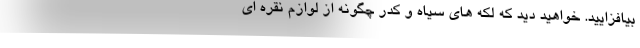
بیافزایید. خواهید دید که لکه های سیاه و کدر چگونه از لوازم نقره ای